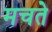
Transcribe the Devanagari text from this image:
मचते